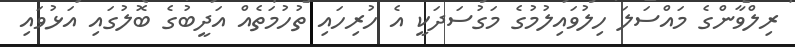
ރިލްވާންގެ މައްސަލަ ހިލުވައިލުމުގެ މަގުސަދަކީ އެ ހުރިހައި ތުހުމަތެއް އަދީބުގެ ބޮލުގައި އަޅުވައި